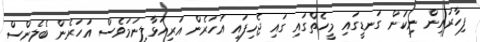
ފިހާރައިން ނިކުން ގަނޑީގައި މީހެތްގައި ގައި ޖެހިފައި އަހަރެން އަރިއަޅާލިނަމަވެސް އަހަރެން ބެލެންސް